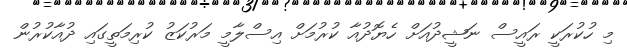
މި ހުކުރަކީ ރައީސް ނަޝީދުއަށް ހެޔޮދުއާ ކުރުމަށް އިސްލާމީ މަރުކަޒު ކުރިމަތީގައި ދުއާކުރުން